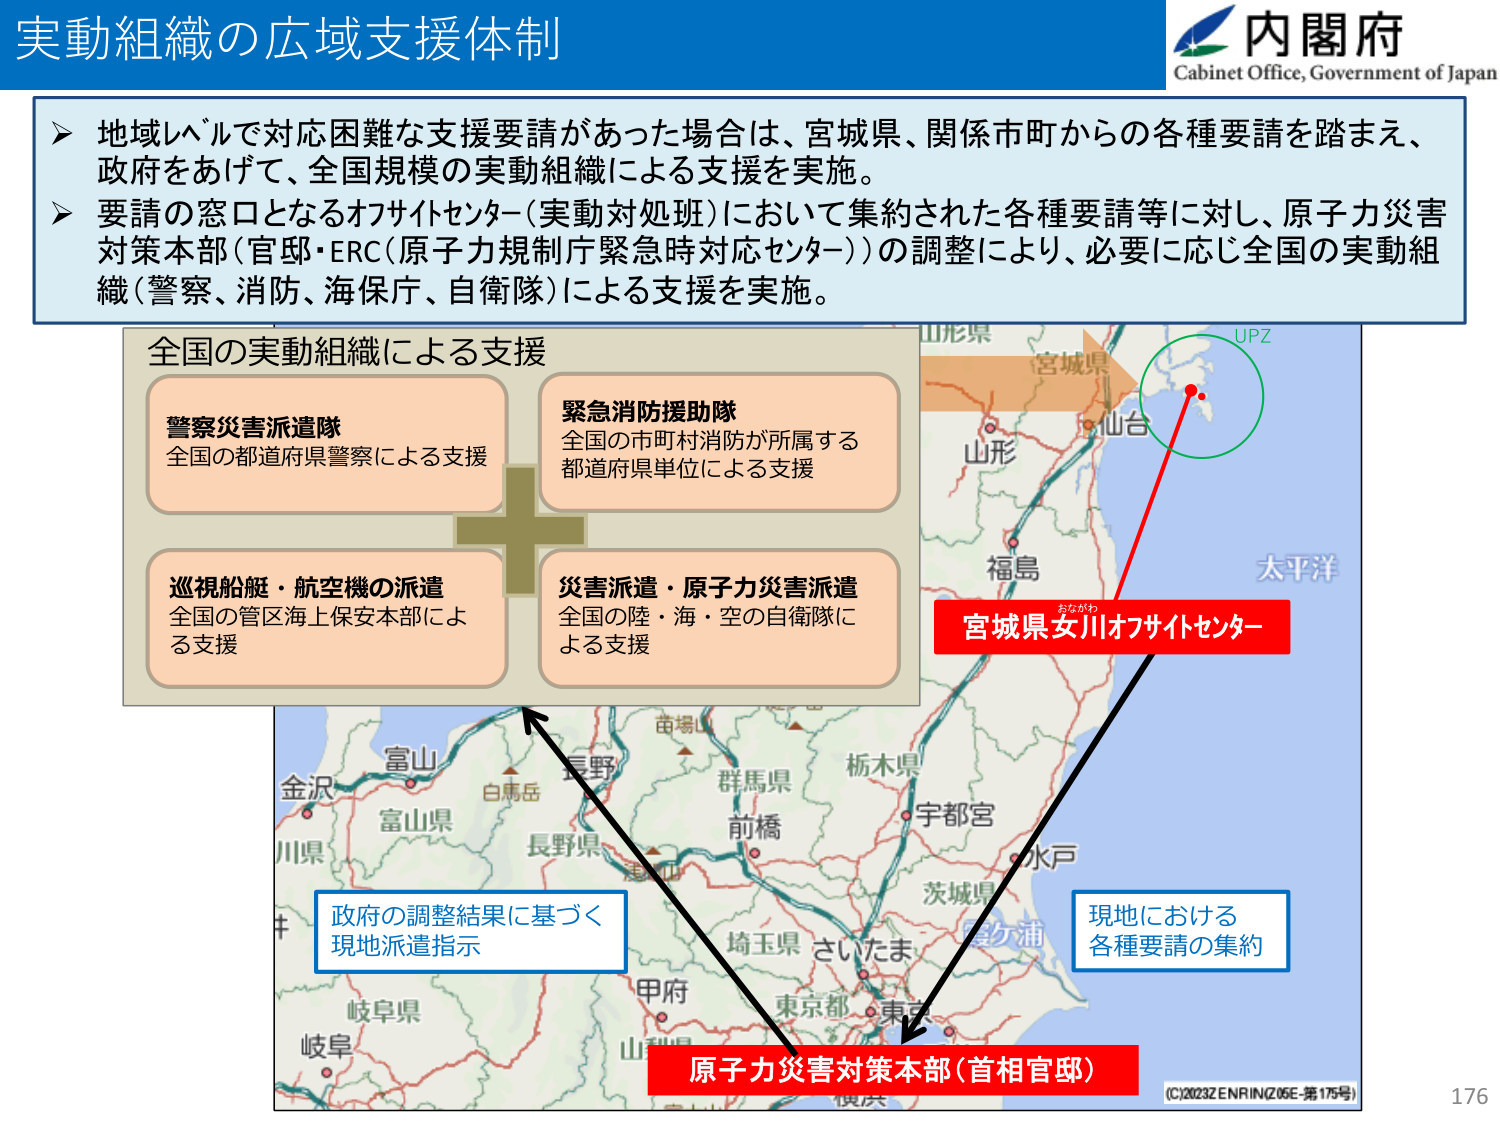
実動組織の広域支援体制

内閣府
Cabinet Office, Government of Japan

▶ 地域レベルで対応困難な支援要請があった場合は、宮城県、関係市町からの各種要請を踏まえ、
政府をあげて、全国規模の実動組織による支援を実施。

▶ 要請の窓口となるオフサイトセンター（実動対処班）において集約された各種要請等に対し、原子力災害
対策本部（官邸・ERC（原子力規制庁緊急時対応センター））の調整により、必要に応じ全国の実動組
織（警察、消防、海保庁、自衛隊）による支援を実施。

全国の実動組織による支援

警察災害派遣隊
全国の都道府県警察による支援

緊急消防援助隊
全国の市町村消防が所属する
都道府県単位による支援

巡視船艇・航空機の派遣
全国の管区海上保安本部に
よる支援

災害派遣・原子力災害派遣
全国の陸・海・空の自衛隊に
よる支援

宮城県女川オフサイトセンター

現地における
各種要請の集約

政府の調整結果に基づく
現地派遣指示

原子力災害対策本部（首相官邸）

山形県
宮城県
山形
福島
太平洋
UPZ
おながわ

富山
金沢
富山県
川県
白馬岳
長野
長野県
群馬県
前橋
栃木県
宇都宮
水戸
茨城県
鹿ケ浦
埼玉県
さいたま
東京都
東京
甲府
山梨県
岐阜県
岐阜

(C)2023ZENRIN(Z05E-第175号)

176